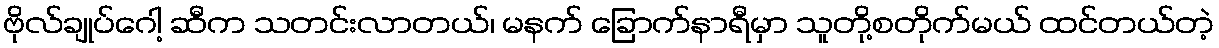
ဗိုလ်ချုပ်ဂေါ့ ဆီက သတင်းလာတယ်၊ မနက် ခြောက်နာရီမှာ သူတို့စတိုက်မယ် ထင်တယ်တဲ့